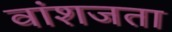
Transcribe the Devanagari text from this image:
वांशजता